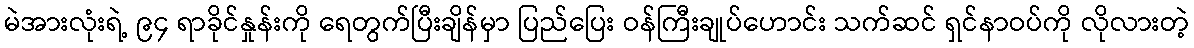
မဲအားလုံးရဲ့ ၉၄ ရာခိုင်နှုန်းကို ရေတွက်ပြီးချိန်မှာ ပြည်ပြေး ဝန်ကြီးချုပ်ဟောင်း သက်ဆင် ရှင်နာဝပ်ကို လိုလားတဲ့